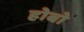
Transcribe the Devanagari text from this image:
होबो